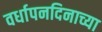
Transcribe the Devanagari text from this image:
वर्धापनदिनाच्या